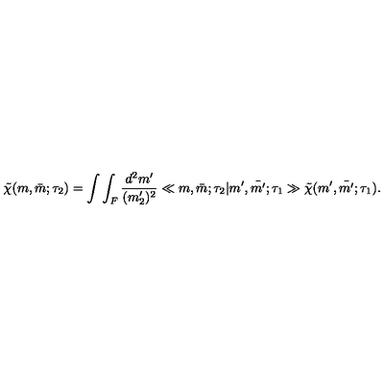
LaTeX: \tilde { \chi } ( m , \bar { m } ; \tau _ { 2 } ) = \int \int _ { F } \frac { d ^ { 2 } m ^ { \prime } } { ( m _ { 2 } ^ { \prime } ) ^ { 2 } } \ll m , \bar { m } ; \tau _ { 2 } | m ^ { \prime } , \bar { m ^ { \prime } } ; \tau _ { 1 } \gg \tilde { \chi } ( m ^ { \prime } , \bar { m ^ { \prime } } ; \tau _ { 1 } ) .